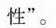
性”。